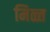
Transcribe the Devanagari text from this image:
मिळ्त